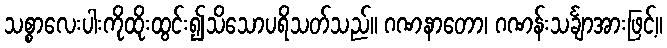
သစ္စာလေးပါးကိုထိုးထွင်း၍သိသောပရိသတ်သည်။ ဂဏနာတော၊ ဂဏန်းသင်္ချာအားဖြင့်။